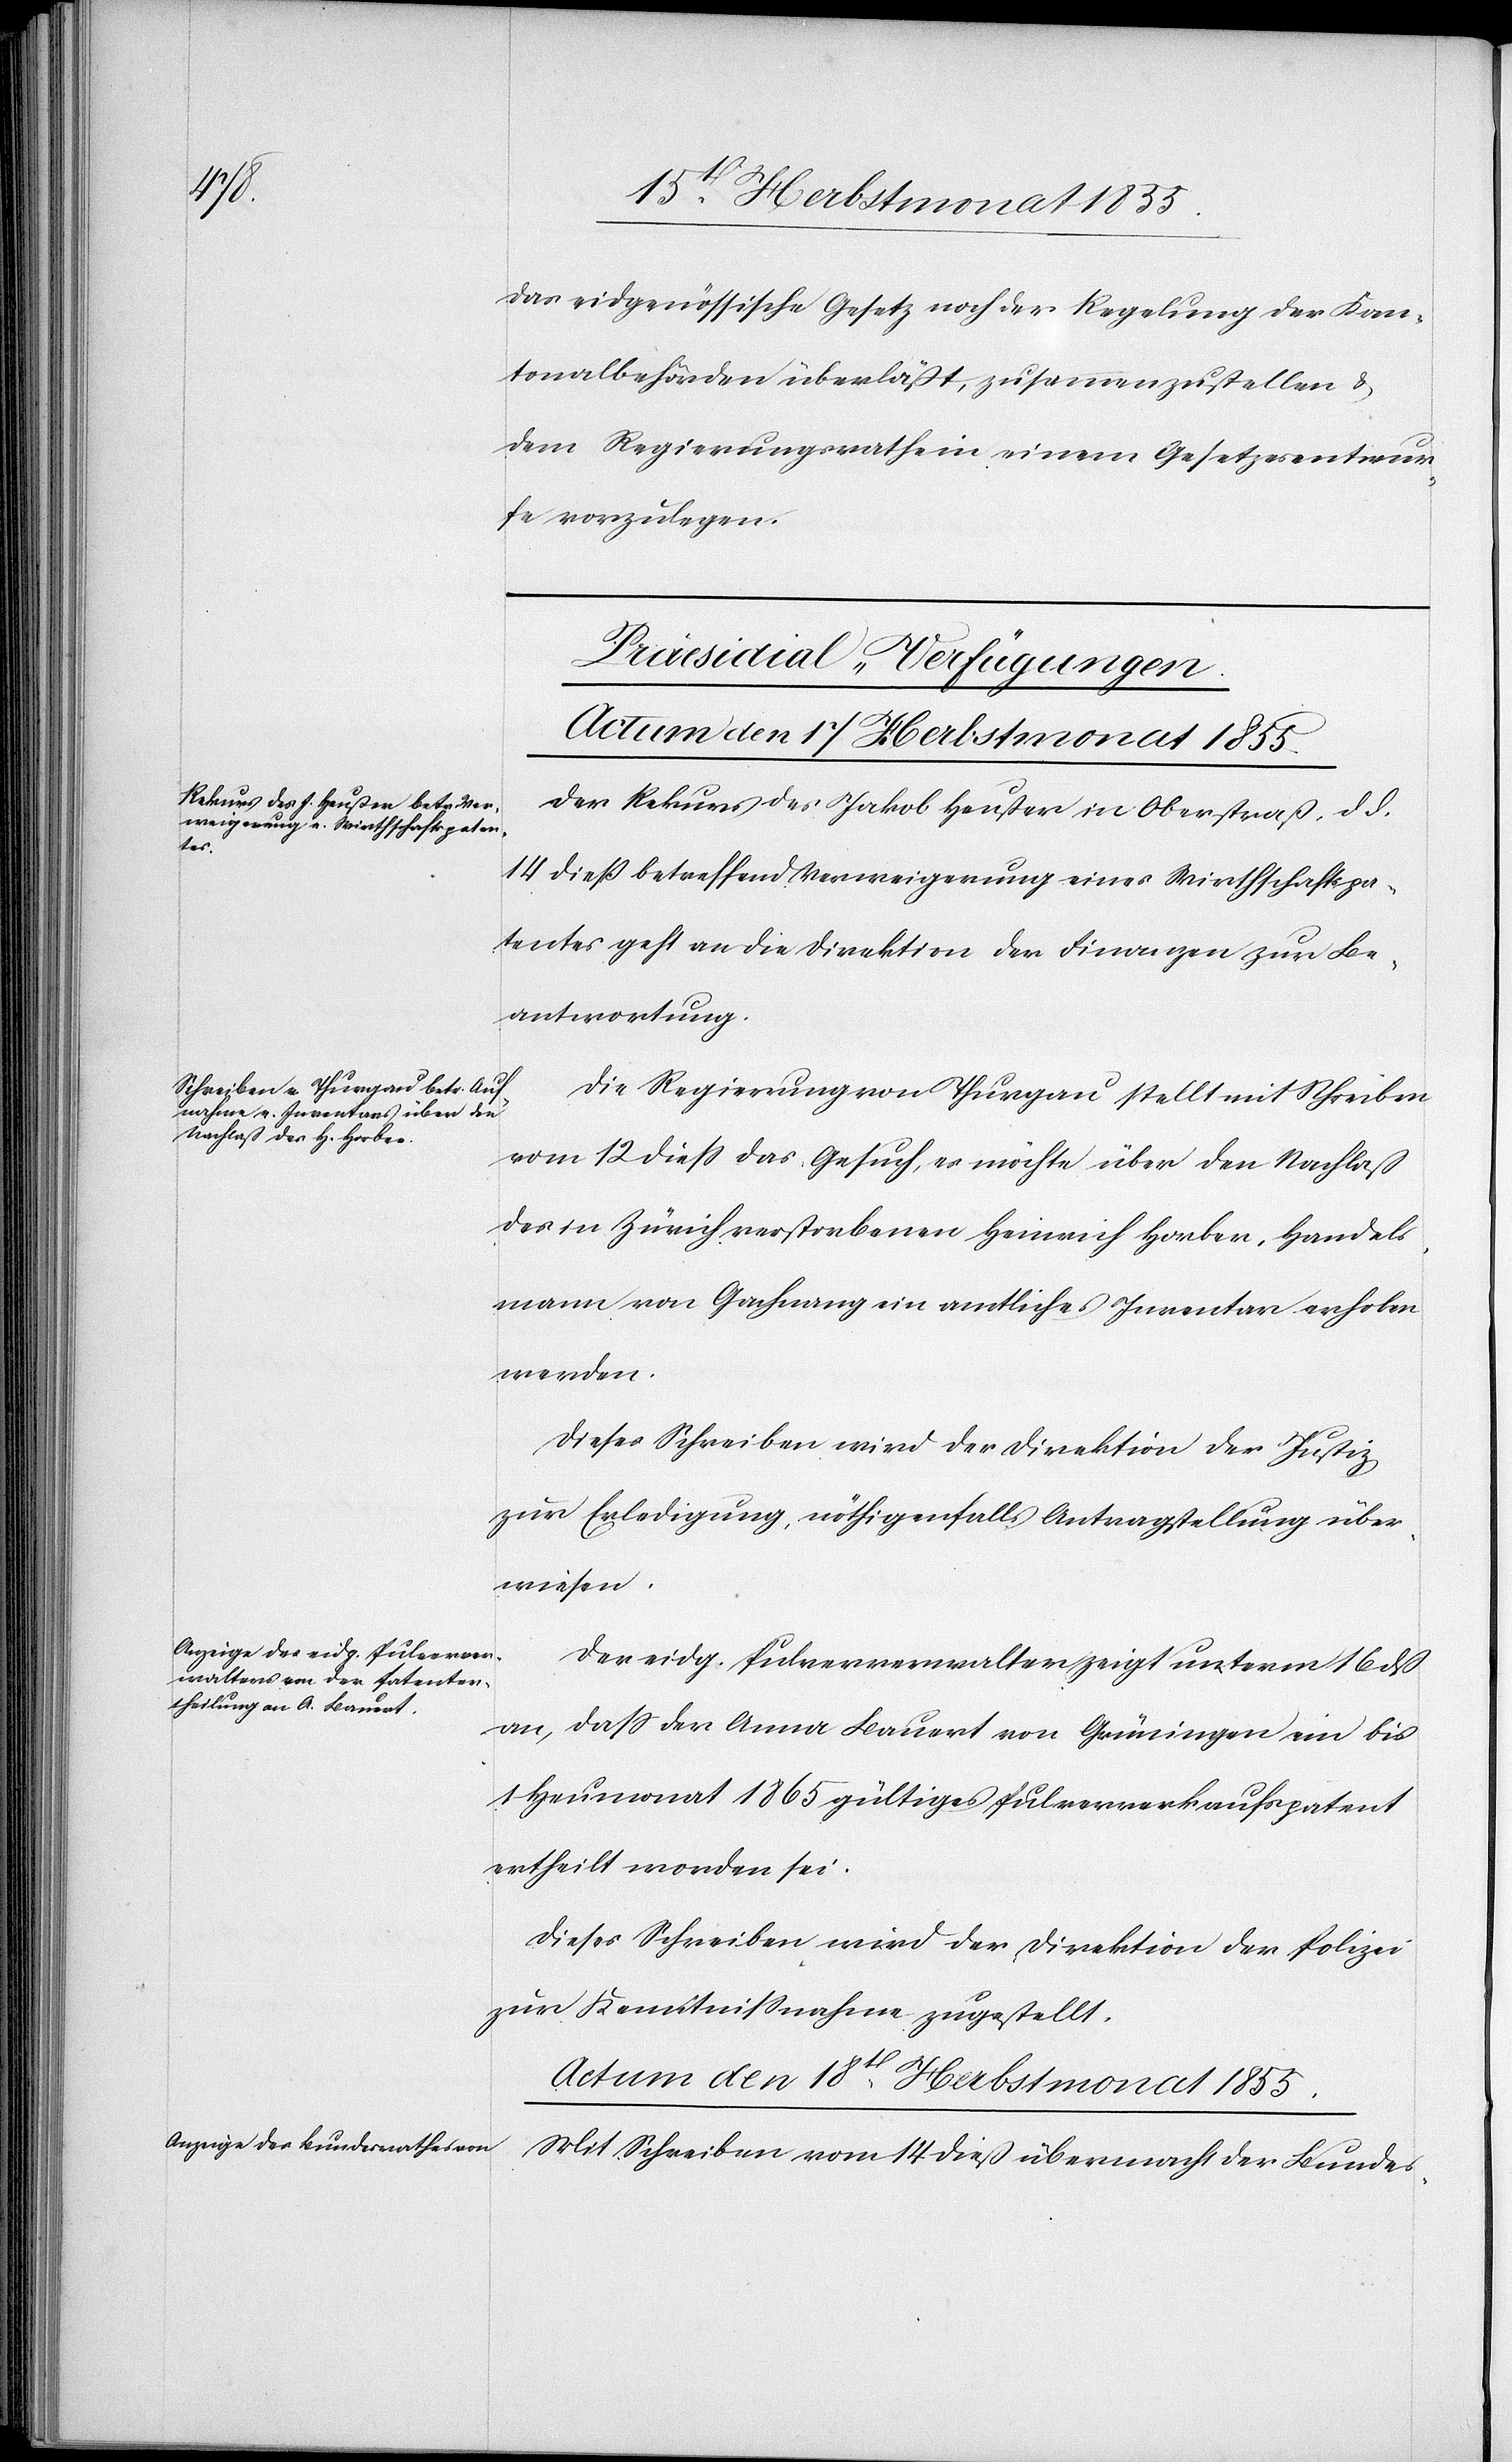
das eidgenössische Gesetz noch der Regelung der Kan¬
tonalbehörden überläßt, zusammenzustellen &
dem Regierungsrathe in einem Gesetzesentwur¬
fe vorzulegen.
[Praesidial-Verfügungen.]
Der Rekurs des Jakob Heußer in Oberstraß, d. d.
14 dieß betreffend Verweigerung eines Wirthschaftspa¬
tentes geht an die Direktion der Finanzen zur Be¬
antwortung.
Die Regierung von Thurgau stellt mit Schreiben
vom 12 diess das Gesuch, es möchte über den Nachlaß
des in Zürich verstorbenen Heinrich Horber, Handels¬
mann von Gachnang ein amtliches Inventar erhoben
werden.
Dieses Schreiben wird der Direktion der Justiz
zur Erledigung, nöthigenfalls Antragstellung über¬
wiesen.
Der eidg. Pulververwalter zeigt unterm 16 dß
an, dass der Anna Bauert von Grüningen ein bis
1 Heumonat 1865 gültiges Pulververkaufspatent
ertheilt worden sei.
Dieses Schreiben wird der Direktion der Polizei
zur Kenntnissnahme zugestellt.
Actum den 18t. Herbstmonat 1855.
Mit Schreiben vom 14 dieß übermacht der Bundes-